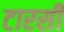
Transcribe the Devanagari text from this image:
टारसी